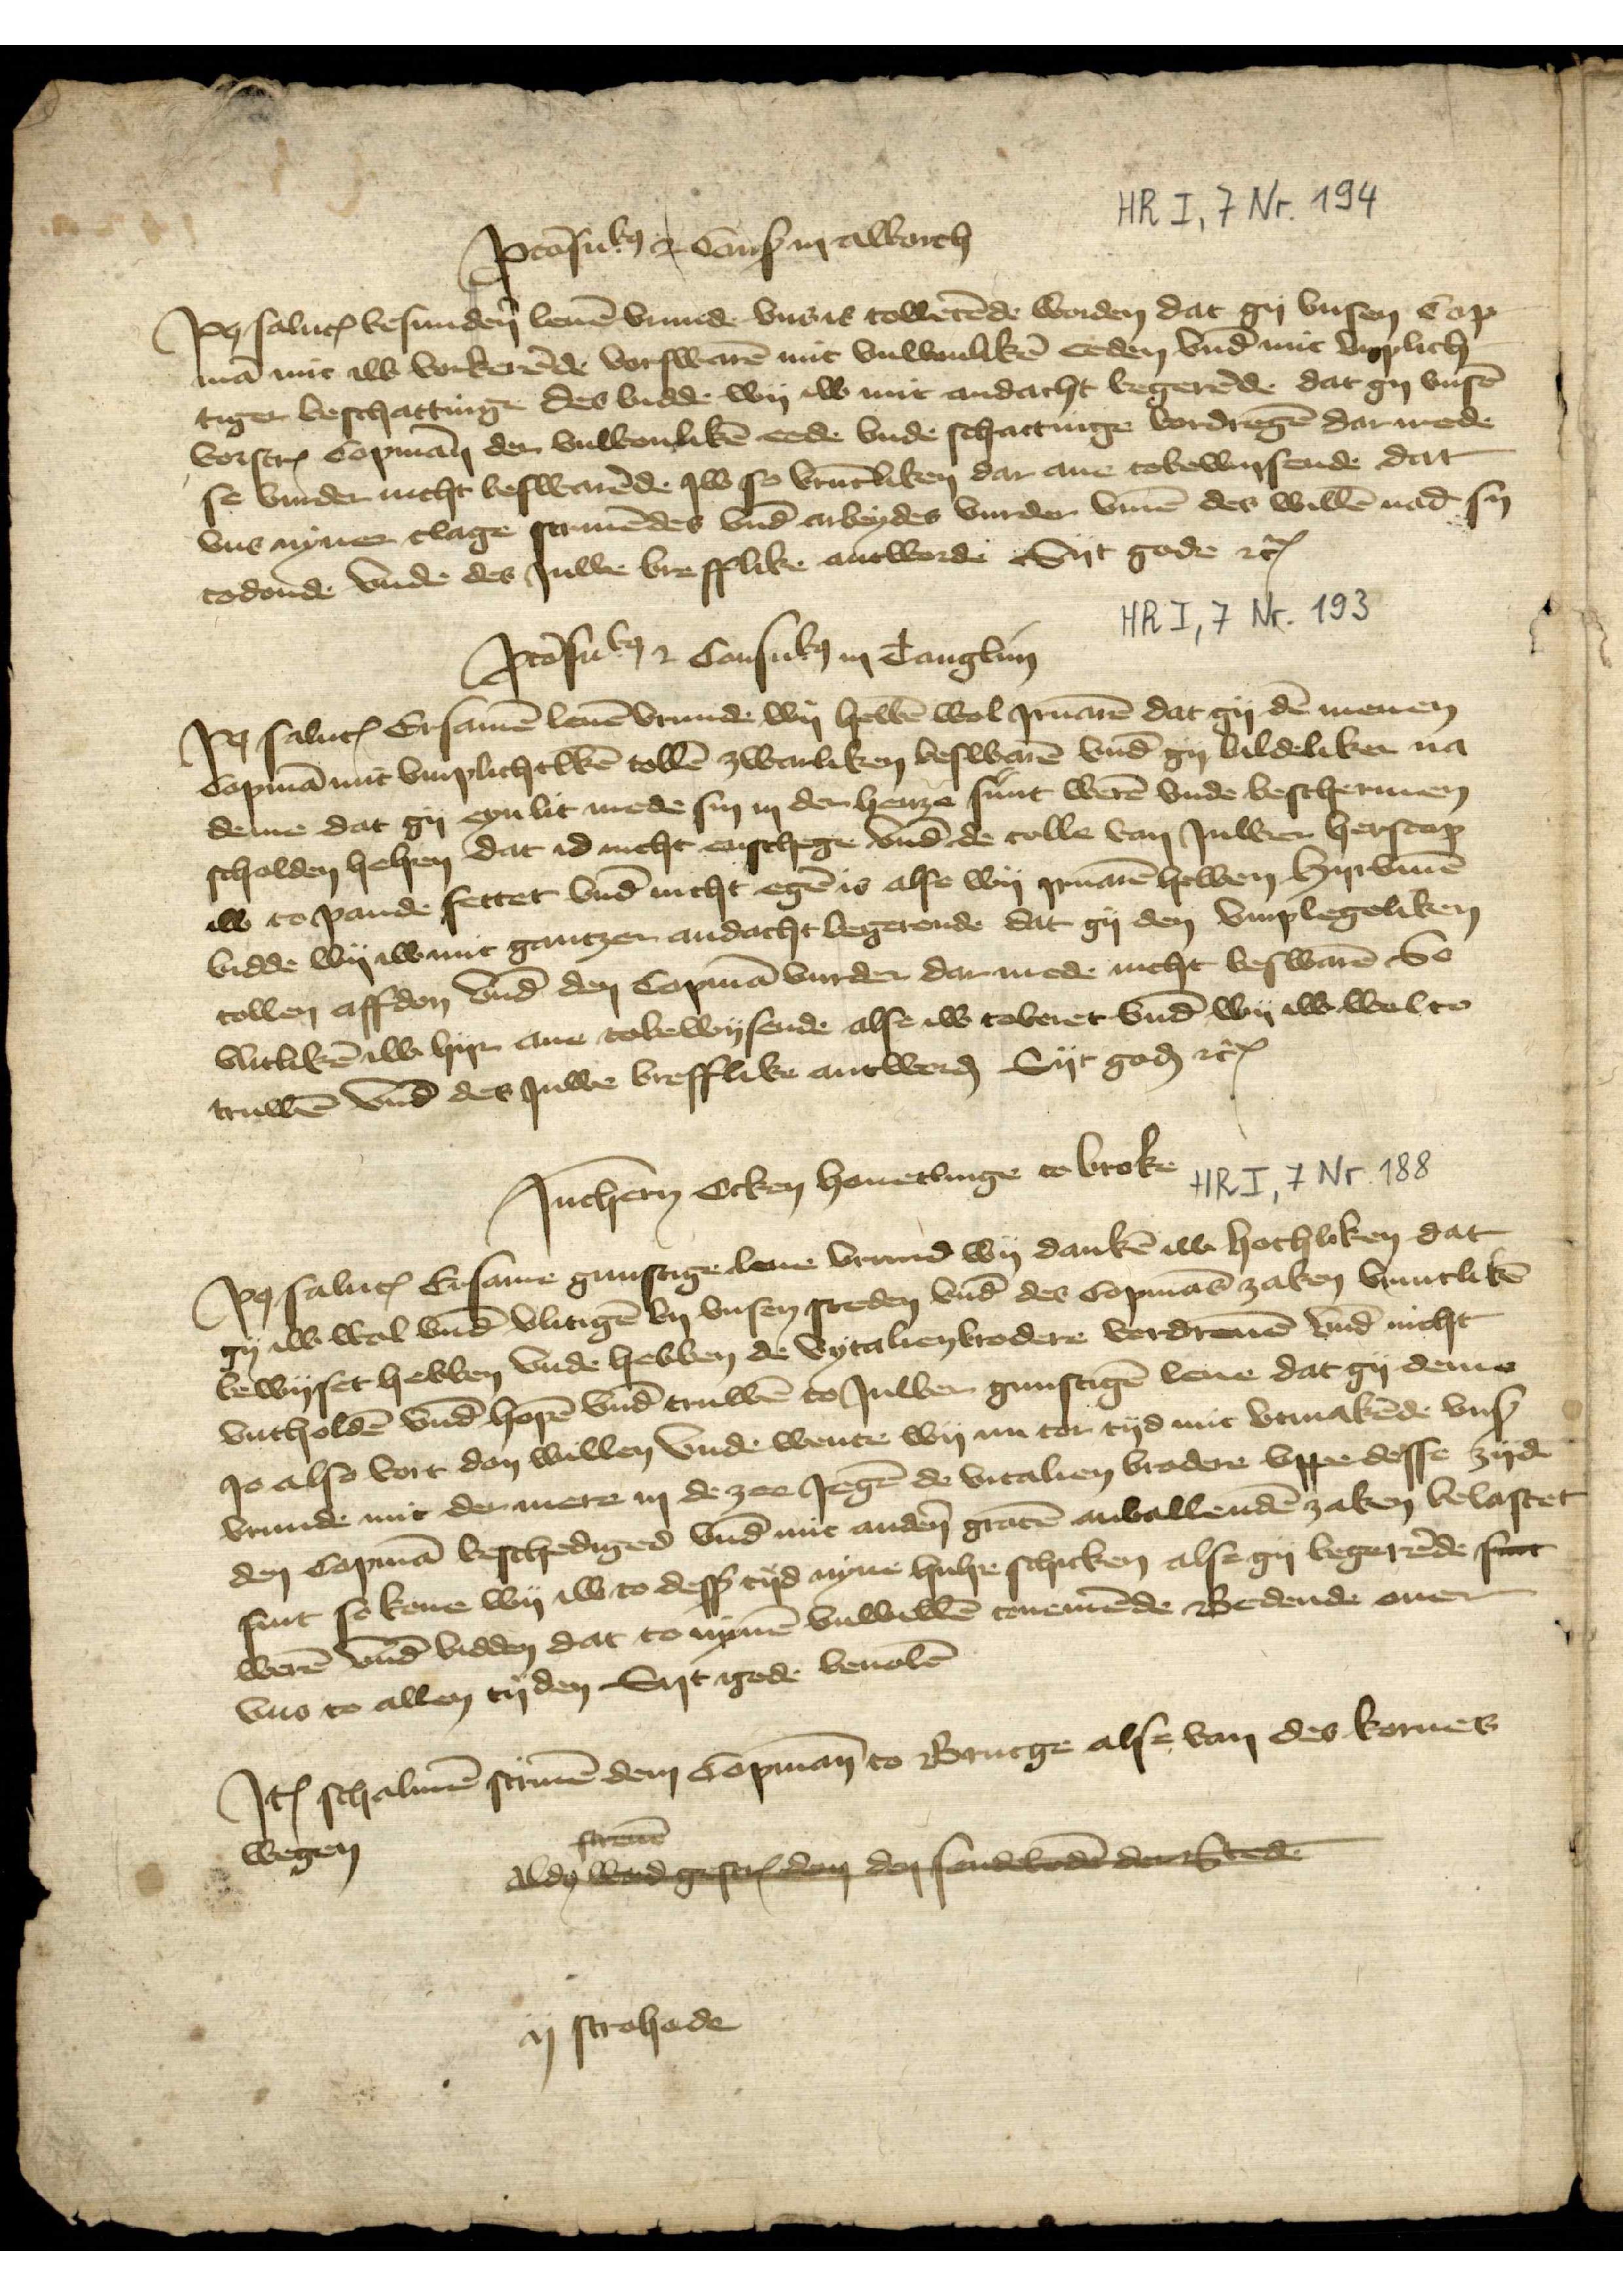
ꝑtāsulo̧ o Sanß in AlborchPo̧ saluꝷ besundẻn leuē vrunde vns is towetēde worden dat gy vnsen Cop¬mā mit iw vorkerēde vorswerē mit vnwonlikē eeden vnd mit vnplech¬tiger beschattinge des bidde wy iw mit andacht begerēde. dat gy vnsēvorscrꝬ Copmān der vnwonlikē eede vnde schattinge vordregē darmedese vurder nicht beswarēde Jw so vrūtliken dar ane tobewijsende datvns nyner clage samēdes vnd̄ arbeydes vurder v̄me des willē nad sintodonde vnde des Juwe brefflike antworde Syt gode etꝬ

ꝑtāsulo̧ i Consulo̧ in ClanglunPo̧ saluꝷ Ersamē leuē vrunde wy hebbē wol Jruanē dat gy dē menenCopmā mit vmplichtlkē tollē zwarliken beswerē vnd̄ gy bildeliken nademe dat gy eyn lit mede sin in der henze sunt werē vnde beschermenscholden hehen dat id nicht enschege vnd̄ de tolle van Juwer herscopiw to pande settet vnd̄ nicht egē is alse wy Jruarē hebben Hyrvūmebidde Wy iw mit gantzer andacht begerende dat gy den vnplegelikentollen affdon vnd̄ den Copmā vurder dar mede nicht beswarē Sovlitlikē iw hyr ane tobewysende alse iw toberet vnd̄ wy iw wol totruwē vnd̄ des Juwe brefflike antworḑ Syt goḑ etꝬ

Jnchern Ocken Hauetlinge to BrokePo̧ saluꝷ Ersame gunstige leue vrund wy dankē iw hochliken datgy iw wol vnd̄ vlitigē by vnsen steden des Copmās zaken vruntlikēbewyset hebben vnde hebben de vytalienbrodere vordreuē vnd̄ nichtvntholdē vnd̄ hopē vnd̄ truwē to Juwer gunstigē leue dat gy demeJo also vort don willen vnde wente wy nu tor tyd mit vtmakēde vnßvrunde mit der were in de zee Jegē de vitalien brodere vppe desse zydeden copmā beschediged vnd̄ mit andẻn grotē anvallendē zaken belastetsint so kone wy iw to desß tyd nyne hulpe schicken alse gy begerēde sitwerē vnd̄ bidden dat to nynē vnwillē tonemēde Bedende ouervns to allen tyden Syt gode beuolē

Jꝷ schalmē scriuē dem Copmān to Brucge alse van der korneswegenscreuēAlso ward gescrꝬ dem den sendebodē der Stedeij strohede